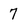
Character: 7